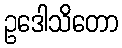
ဥဒေါသိတော